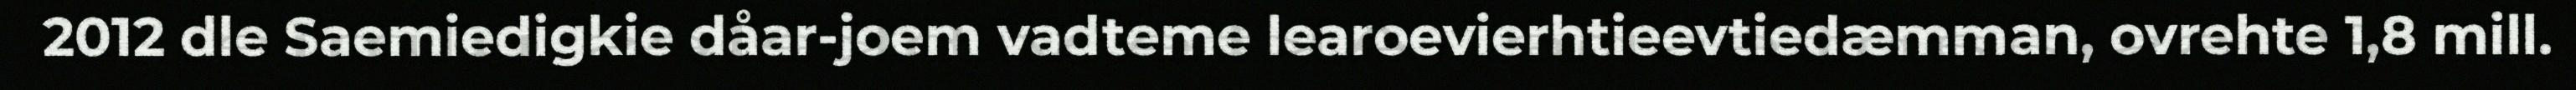
2012 dle Saemiedigkie dåar-joem vadteme learoevierhtieevtiedæmman, ovrehte 1,8 mill.